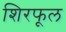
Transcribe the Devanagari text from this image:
शिरफूल